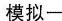
模拟一